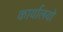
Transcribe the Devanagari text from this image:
कार्यालयो